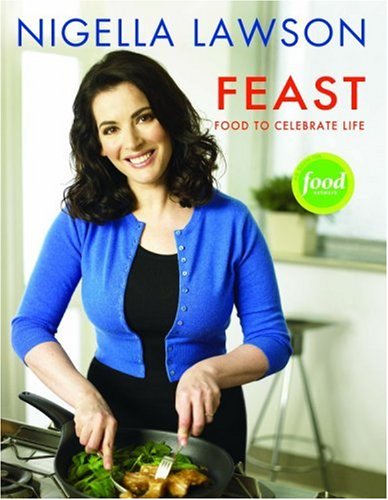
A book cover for Feast: Food to Celebrate Life; Nigella Lawson; Cookbooks, Food & Wine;